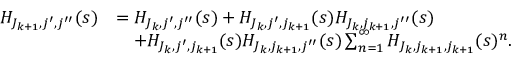
\begin{array} { r l } { H _ { J _ { k + 1 } , j ^ { \prime } , j ^ { \prime \prime } } ( s ) } & { = H _ { J _ { k } , j ^ { \prime } , j ^ { \prime \prime } } ( s ) + H _ { J _ { k } , j ^ { \prime } , j _ { k + 1 } } ( s ) H _ { J _ { k } , j _ { k + 1 } , j ^ { \prime \prime } } ( s ) } \\ & { \quad + H _ { J _ { k } , j ^ { \prime } , j _ { k + 1 } } ( s ) H _ { J _ { k } , j _ { k + 1 } , j ^ { \prime \prime } } ( s ) \sum _ { n = 1 } ^ { \infty } H _ { J _ { k } , j _ { k + 1 } , j _ { k + 1 } } ( s ) ^ { n } . } \end{array}